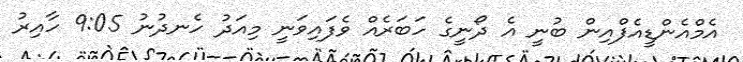
އެމްއެންޑީއެފްއިން ބުނީ އެ ދޯނީގެ ހަބަރެއް ވެފައިވަނީ މިއަދު ހެނދުނު 9:05 ހާއިރު